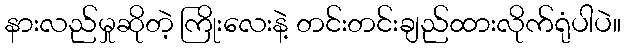
နားလည်မှုဆိုတဲ့ ကြိုးလေးနဲ့ တင်းတင်းချည်ထားလိုက်ရုံပါပဲ။